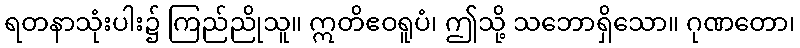
ရတနာသုံးပါး၌ ကြည်ညိုသူ။ ဣတိဧဝရူပံ၊ ဤသို့ သဘောရှိသော။ ဂုဏတော၊